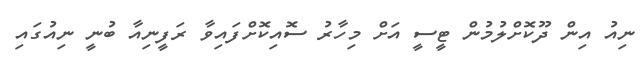
ނިއު އިން ދޫކޮށްލުމުން ޓީސީ އަށް މިހާރު ސޮއިކޮށްފައިވާ ރަފީނިއާ ބުނީ ނިއުގައި